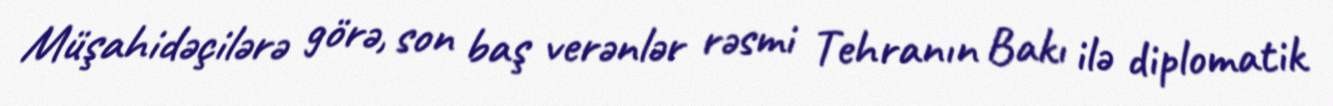
Müşahidəçilərə görə, son baş verənlər rəsmi Tehranın Bakı ilə diplomatik